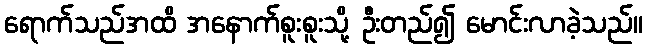
ရောက်သည်အထိ အနောက်စူးစူးသို့ ဦးတည်၍ မောင်းလာခဲ့သည်။